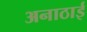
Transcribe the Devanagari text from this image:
अनाठाई